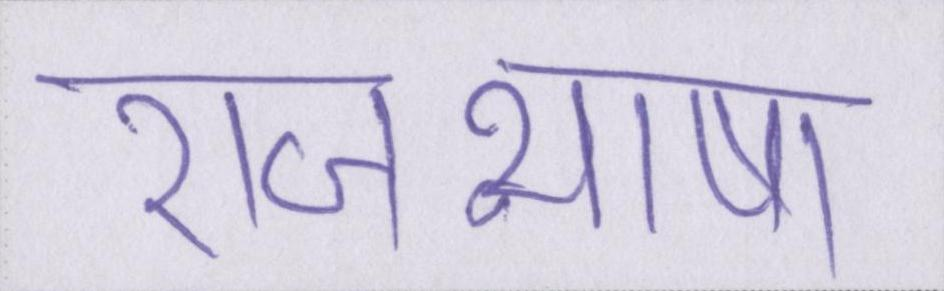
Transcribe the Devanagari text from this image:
राजभाषा